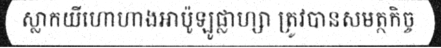
ស្លាកយីហោហាងអាប៉ូឡូផ្លាហ្សា ត្រូវបានសមត្ថកិច្ច